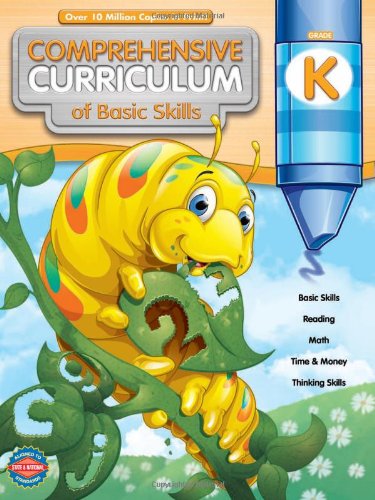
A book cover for Comprehensive Curriculum of Basic Skills, Grade K; Education & Teaching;